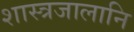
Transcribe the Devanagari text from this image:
शास्त्रजालानि